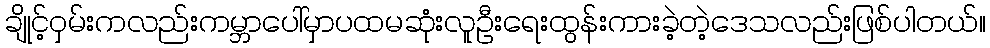
ချိုင့်ဝှမ်းကလည်းကမ္ဘာပေါ်မှာပထမဆုံးလူဦးရေးထွန်းကားခဲ့တဲ့ဒေသလည်းဖြစ်ပါတယ်။